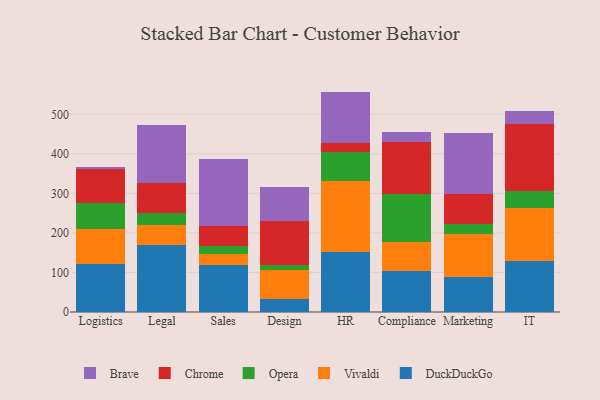
{"axis": {"x": "Department", "y": "Conversion Rate (%)"}, "legend": ["Brave", "Chrome", "DuckDuckGo", "Opera", "Vivaldi"], "data": [{"x": "Logistics", "y": 120.5, "type": "DuckDuckGo"}, {"x": "Logistics", "y": 88.5, "type": "Vivaldi"}, {"x": "Logistics", "y": 67.6, "type": "Opera"}, {"x": "Logistics", "y": 84.3, "type": "Chrome"}, {"x": "Logistics", "y": 6.1, "type": "Brave"}, {"x": "Legal", "y": 170.6, "type": "DuckDuckGo"}, {"x": "Legal", "y": 48.9, "type": "Vivaldi"}, {"x": "Legal", "y": 30.5, "type": "Opera"}, {"x": "Legal", "y": 76.5, "type": "Chrome"}, {"x": "Legal", "y": 147.5, "type": "Brave"}, {"x": "Sales", "y": 118.3, "type": "DuckDuckGo"}, {"x": "Sales", "y": 28.8, "type": "Vivaldi"}, {"x": "Sales", "y": 20.7, "type": "Opera"}, {"x": "Sales", "y": 49.8, "type": "Chrome"}, {"x": "Sales", "y": 169.0, "type": "Brave"}, {"x": "Design", "y": 31.8, "type": "DuckDuckGo"}, {"x": "Design", "y": 73.3, "type": "Vivaldi"}, {"x": "Design", "y": 12.7, "type": "Opera"}, {"x": "Design", "y": 112.1, "type": "Chrome"}, {"x": "Design", "y": 86.0, "type": "Brave"}, {"x": "HR", "y": 150.7, "type": "DuckDuckGo"}, {"x": "HR", "y": 179.6, "type": "Vivaldi"}, {"x": "HR", "y": 75.0, "type": "Opera"}, {"x": "HR", "y": 23.1, "type": "Chrome"}, {"x": "HR", "y": 129.0, "type": "Brave"}, {"x": "Compliance", "y": 102.8, "type": "DuckDuckGo"}, {"x": "Compliance", "y": 74.3, "type": "Vivaldi"}, {"x": "Compliance", "y": 120.9, "type": "Opera"}, {"x": "Compliance", "y": 133.0, "type": "Chrome"}, {"x": "Compliance", "y": 25.1, "type": "Brave"}, {"x": "Marketing", "y": 89.3, "type": "DuckDuckGo"}, {"x": "Marketing", "y": 107.7, "type": "Vivaldi"}, {"x": "Marketing", "y": 26.6, "type": "Opera"}, {"x": "Marketing", "y": 73.6, "type": "Chrome"}, {"x": "Marketing", "y": 156.2, "type": "Brave"}, {"x": "IT", "y": 128.8, "type": "DuckDuckGo"}, {"x": "IT", "y": 133.5, "type": "Vivaldi"}, {"x": "IT", "y": 43.2, "type": "Opera"}, {"x": "IT", "y": 169.6, "type": "Chrome"}, {"x": "IT", "y": 33.9, "type": "Brave"}]}